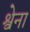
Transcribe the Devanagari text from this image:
श्वेना